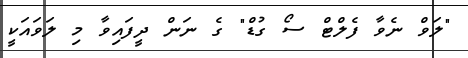
"ލަވް ނެވާ ފެލްޓް ސޯ ގުޑް" ގެ ނަން ދީފައިވާ މި ލަވައަކީ